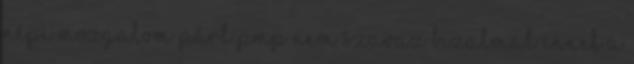
Népi Mozgalom Párt PMP nem szavaz bizalmat ennek a